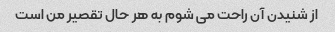
از شنیدن آن راحت می شوم به هر حال تقصیر من است